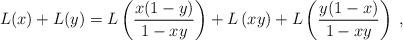
LaTeX: \begin{align*}L(x)+L(y)=L\left(\frac{x(1-y)}{1-xy}\right)+L\left(xy\right)+L\left(\frac{y(1-x)}{1-xy}\right) \;,\end{align*}